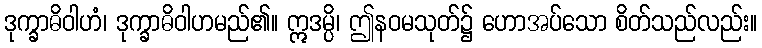
ဒုက္ခာဓိဝါဟံ၊ ဒုက္ခာဓိဝါဟမည်၏။ ဣဒမ္ပိ၊ ဤနဝမသုတ်၌ ဟောအပ်သော စိတ်သည်လည်း။